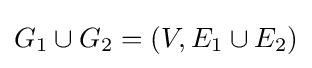
G_{1}\cup G_{2}=(V,E_{1}\cup E_{2})